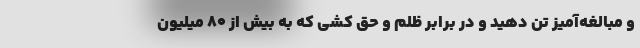
و مبالغه‌آمیز تن دهید و در برابر ظلم و حق کشی که به بیش از ۸۰ میلیون